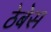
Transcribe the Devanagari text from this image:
ठेबेस